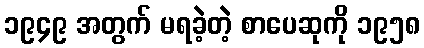
၁၉၄၉ အတွက် မရခဲ့တဲ့ စာပေဆုကို ၁၉၅၈